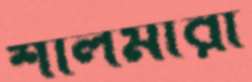
শালমারা